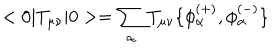
LaTeX: < 0 | T _ { \mu \nu } | 0 > = \sum _ { \alpha } T _ { \mu \nu } \{ \phi _ { \alpha } ^ { ( + ) } , \phi _ { \alpha } ^ { ( - ) } \}